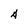
Character: A